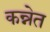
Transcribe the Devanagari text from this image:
कन्नेत